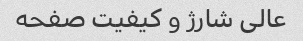
عالی شارژ و کیفیت صفحه